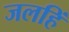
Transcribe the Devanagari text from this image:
जलहिं